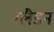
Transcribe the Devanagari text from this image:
ग्लैडन